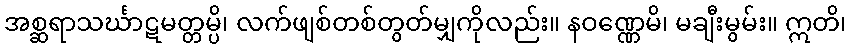
အစ္ဆရာသင်္ဃာဋမတ္တမ္ပိ၊ လက်ဖျစ်တစ်တွတ်မျှကိုလည်း။ နဝဏ္ဏေမိ၊ မချီးမွမ်း။ ဣတိ၊